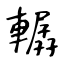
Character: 轏